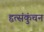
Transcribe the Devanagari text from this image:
हृत्संकुंचन